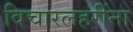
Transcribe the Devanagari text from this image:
विचारलहरींना